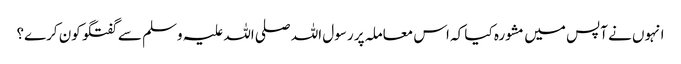
انہوں نے آپس میں مشورہ کیا کہ اس معاملہ پر رسول اللہ صلی اللہ علیہ وسلم سے گفتگو کون کرے؟